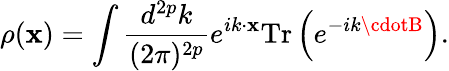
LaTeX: \rho(\mathbf{x})=\int\frac{{d^{2p}k}}{{(2\pi)^{2p}}}e^{ik\cdot\mathbf{x}}\mathrm{{Tr}}\left(e^{-ik\cdotB}\right).